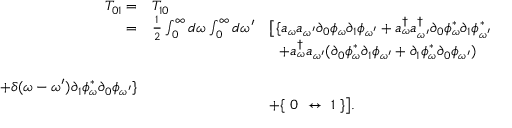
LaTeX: \begin{array} { r l l } { { T _ { 0 1 } = } } & { { T _ { 1 0 } } } & { { } } \\ { { = } } & { { { \frac { 1 } { 2 } } \int _ { 0 } ^ { \infty } d \omega \int _ { 0 } ^ { \infty } d \omega ^ { \prime } } } & { { \big [ \{ a _ { \omega } a _ { \omega ^ { \prime } } \partial _ { 0 } \phi _ { \omega } \partial _ { 1 } \phi _ { \omega ^ { \prime } } + a _ { \omega } ^ { \dagger } a _ { \omega ^ { \prime } } ^ { \dagger } \partial _ { 0 } \phi _ { \omega } ^ { \ast } \partial _ { 1 } \phi _ { \omega ^ { \prime } } ^ { \ast } } } \\ { { } } & { { } } & { { \ \ + a _ { \omega } ^ { \dagger } a _ { \omega ^ { \prime } } ( \partial _ { 0 } \phi _ { \omega } ^ { \ast } \partial _ { 1 } \phi _ { \omega ^ { \prime } } + \partial _ { 1 } \phi _ { \omega } ^ { \ast } \partial _ { 0 } \phi _ { \omega ^ { \prime } } ) } } \\ { { } } & { { } } & { { } } \\ { { + \delta ( \omega - \omega ^ { \prime } ) \partial _ { 1 } \phi _ { \omega } ^ { \ast } \partial _ { 0 } \phi _ { \omega ^ { \prime } } \} } } \\ { { } } & { { } } & { { + \{ \ 0 \ \leftrightarrow \ 1 \ \} \big ] . } } \end{array}